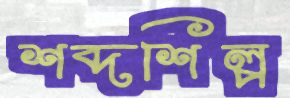
শব্দশিল্প